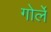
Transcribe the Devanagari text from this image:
गोर्ले